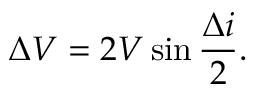
\Delta V = 2 V \sin { \frac { \Delta i } { 2 } } .